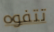
تتفوه